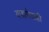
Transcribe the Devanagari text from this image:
वज्रापेक्षाही